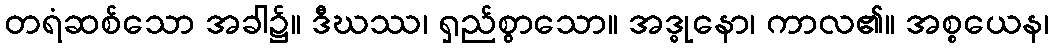
တရံဆစ်သော အခါ၌။ ဒီဃဿ၊ ရှည်စွာသော။ အဒ္ဓုနော၊ ကာလ၏။ အစ္စယေန၊